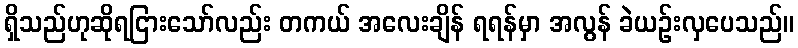
ရှိသည်ဟုဆိုရငြားသော်လည်း တကယ် အလေးချိန် ရရန်မှာ အလွန် ခဲယဉ်းလှပေသည်။